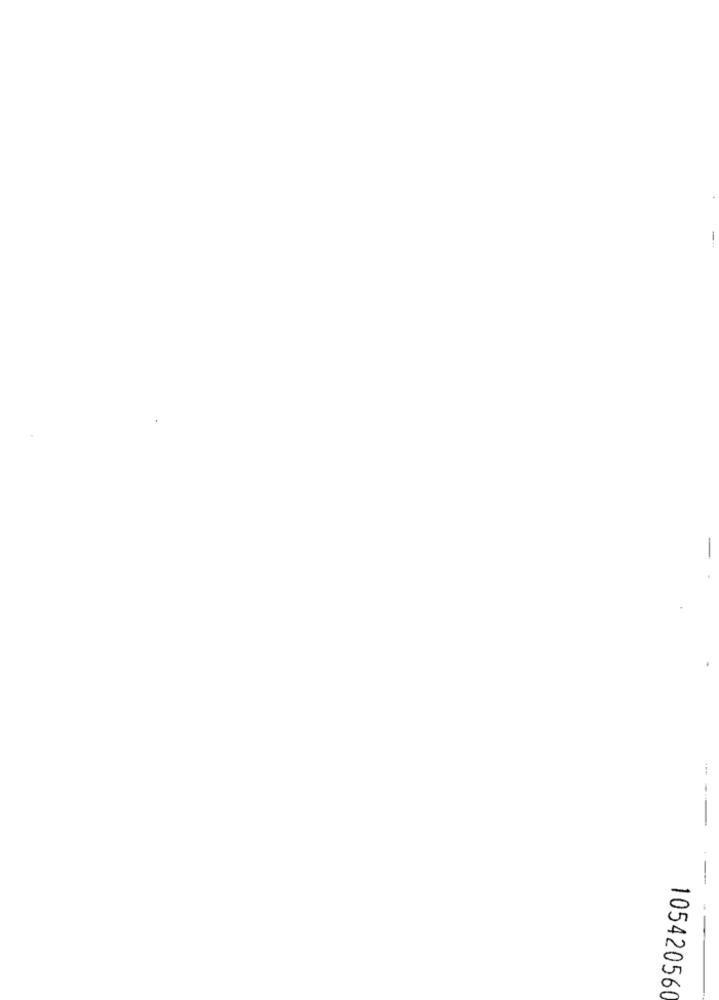
-
-
105420560